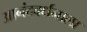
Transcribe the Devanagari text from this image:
आनंदवर्धनाला